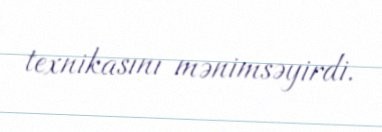
texnikasını mənimsəyirdi.